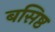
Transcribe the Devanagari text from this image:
बसिष्ठ